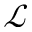
\mathcal { L }